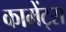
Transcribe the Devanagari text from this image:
कामेंट्स